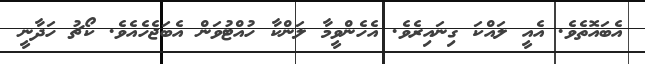
އެބައޮތެވެ. އެއީ ލައްކަ ގިނައިރެވެ. އެހެންވީމާ ލަންކާ ހުއްޓުވަން އެބަޖެހެއެވެ. ކޯޗު ހަދާނީ